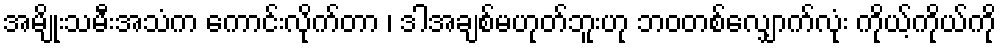
အမျိုးသမီးအသံက ကောင်းလိုက်တာ ၊ ဒါအချစ်မဟုတ်ဘူးဟု ဘဝတစ်လျှောက်လုံး ကိုယ့်ကိုယ်ကို